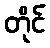
တိုင်